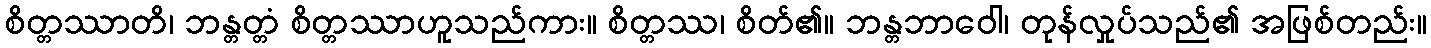
စိတ္တဿာတိ၊ ဘန္တတ္တံ စိတ္တဿာဟူသည်ကား။ စိတ္တဿ၊ စိတ်၏။ ဘန္တဘာဝေါ၊ တုန်လှုပ်သည်၏ အဖြစ်တည်း။